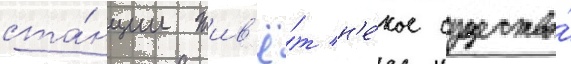
ста́нции жив'ё́т н'е́кое существо́